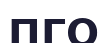
ПГО